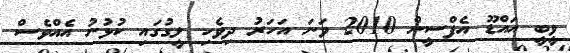
ވީބީ އައްޑޫ އެފްސީން 2010 ވަނަ އަހަރު ދިވެހި ލީގުގައި ކުޅުނު އެއްވެސް